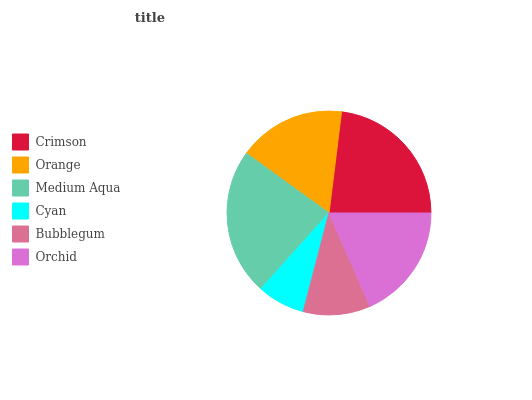
| Crimson | Orange | Medium Aqua | Cyan | Bubblegum | Orchid |
 | --- | --- | --- | --- | --- | --- |
 | 23.1% | 17% | 23.2% | 7.57% | 10.7% | 18.5% |